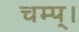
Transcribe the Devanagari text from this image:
चम्प्।